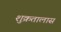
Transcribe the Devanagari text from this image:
शुक्रतालास